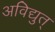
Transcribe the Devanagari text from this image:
अविद्युत्